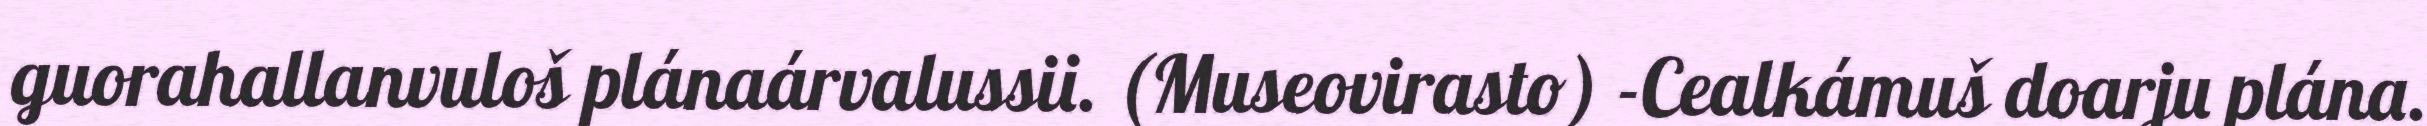
guorahallanvuloš plánaárvalussii. (Museovirasto) -Cealkámuš doarju plána.